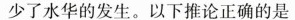
少了水华的发生。以下推论正确的是